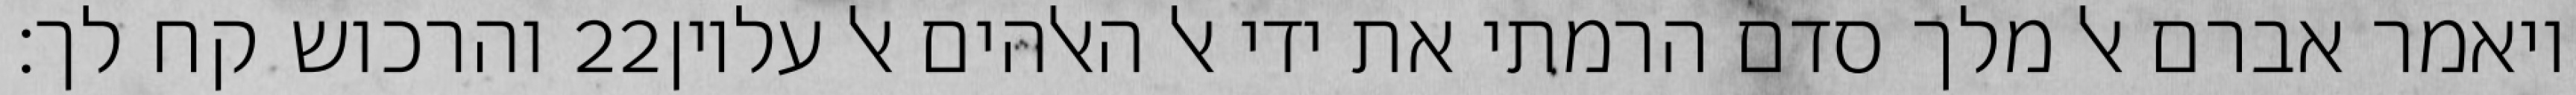
והרכוש קח לך׃ ‎22‏ ויאמר אברם אל מלך סדם הרמתי את ידי אל האלהים אל עליון